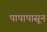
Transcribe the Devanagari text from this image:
पापापासून